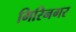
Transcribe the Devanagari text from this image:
गिरिनगर